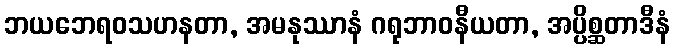
ဘယဘေရဝသဟနတာ, အမနုဿာနံ ဂရုဘာဝနီယတာ, အပ္ပိစ္ဆတာဒီနံ